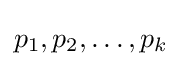
p_{1},p_{2},\ldots ,p_{k}